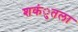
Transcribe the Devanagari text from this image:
शकंुतला